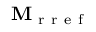
\mathbf { M } _ { \mathrm { ~ r ~ r ~ e ~ f ~ } }